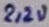
Text: 2,2u